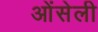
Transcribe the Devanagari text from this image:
ओंसेली